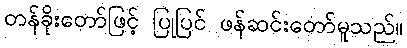
တန်ခိုးတော်ဖြင့် ပြုပြင် ဖန်ဆင်းတော်မူသည်။